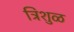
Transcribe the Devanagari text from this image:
त्रिशुळ